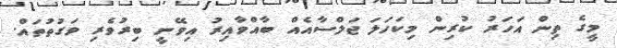
މީގެ ތިން އަހަރު ކުރިން މިކަހަލަ ޖަލްސާއެއް ބާއްވާއިރު އިވޭނީ ބިރުވެރި ވަގުތުތައް.